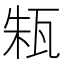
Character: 㼡